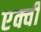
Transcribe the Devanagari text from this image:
एक्वी